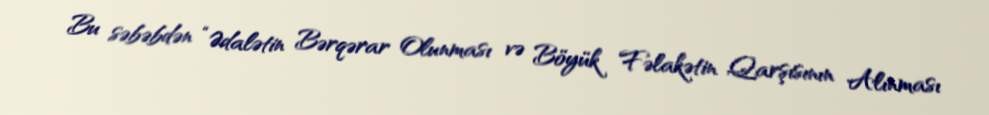
Bu səbəbdən “Ədalətin Bərqərar Olunması və Böyük Fəlakətin Qarşısının Alınması